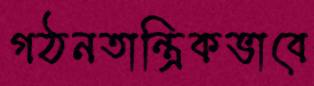
গঠনতান্ত্রিকভাবে